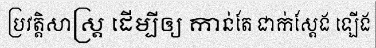
ប្រវត្តិសាស្ត្រ ដើម្បីឲ្យ កាន់តែ ជាក់ស្តែង ឡើង